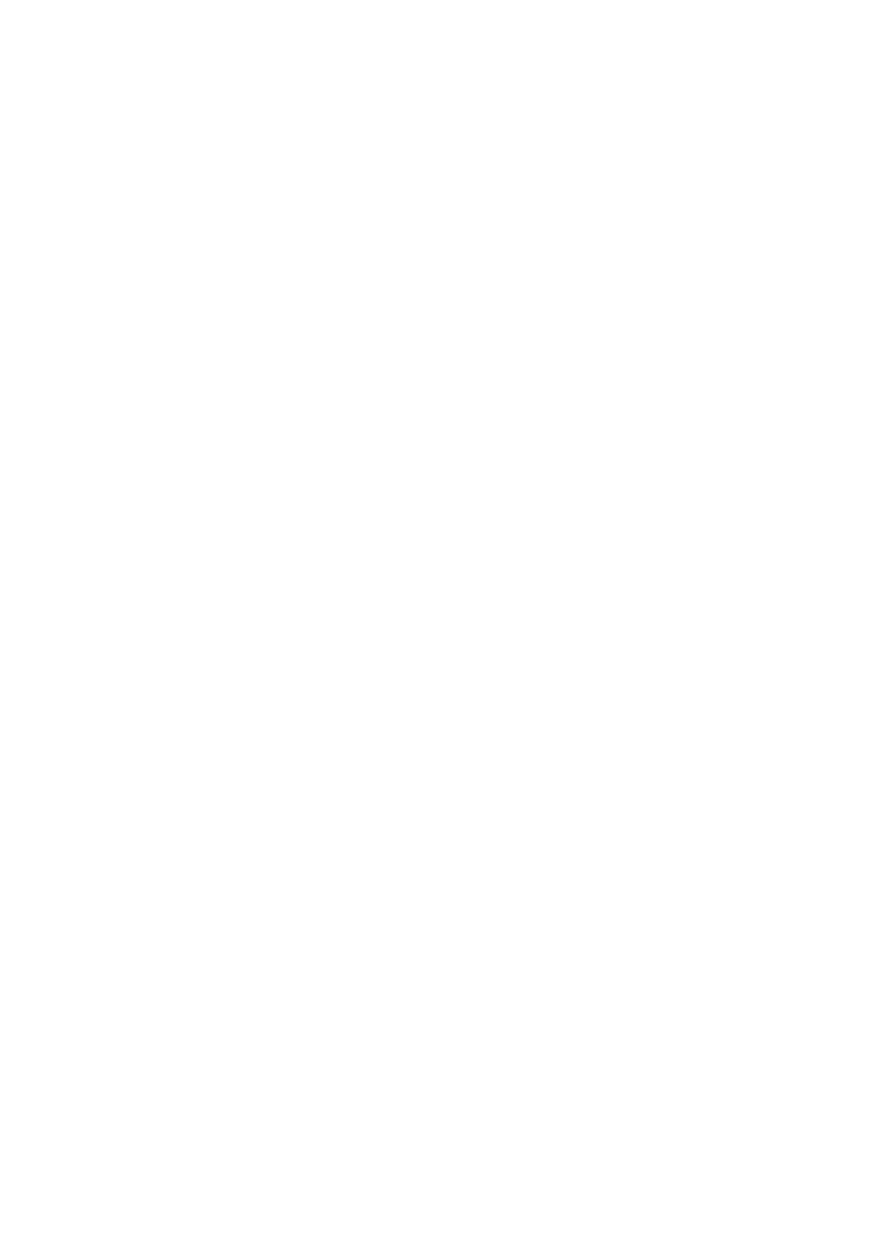
National Social Security Authority (Pensions and Other Benefi ts
 Scheme) (Rates of Benefi ts) (Amendment) Notice, 2021 (No. 28)
 “(2) Every employee shall regularly check their member
 status and any changes not updated within fi ve years will be out
 of time.
 (3) Any amendments to a member’s contribution record
 shall be subject to a verifi cation process to establish whether or
 not the employee was a contributor.”.
 6. Section 7 of the principal notice is amended––
 (a) in section (1) by the deletion of “16th day” and the
 substitution of “10th day”;
 (b) by the insertion of a new subsection after (1) as follows––
 “(1a) Any employer who fails to comply with
 subsection (1) shall be liable to a penalty stipulated
 in terms of section 3A of the Act and in addition, pay
 the general manager a surcharge of ZWL$1 000,00,
 per day for each day beyond 90 days that the return
 was due up to a maximum of ZWL$200 000,00.”.
 7. The principal notice is amended in section 10 (“Rates of
 contributions”) as follows—
 (a) in the proviso of 10F (“Rate of retirement pension”)
 by the deletion of “ZWL$200,00” and substitution of
 “ZWL$2 100,00” with a 100% increase across the board
 with effect from 1st April, 2021;
 (b) in section 10G (“Rate of retirement grant”) by the insertion
 of the following subsections after subsection (1)––
 “(2) Insurable earnings for contributors
 who contributed for less than 120 months, whose
 contributions were in Zimbabwe dollars on or before
 1st April, 2009, shall be deemed to be ZW$10 200,00,
 per month for purposes of calculating the retirement
 grant.
 (3) All claims submitted on or before 25th
 February, 2019, and not paid shall be calculated in
 terms of subsection 2 above.”;
 878